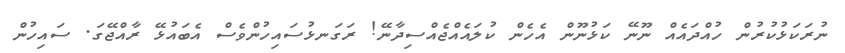
ނުރަކަޅުކުރުން ހުއްދައެއް ނޫނޭ ކަޅުނޫން އެހެން ކުލައެއްޖެއްސިދާނޭ! ރަގަނޅުސައިހުންވެސް އެބައުޅޭ ރާއްޖޭގަ. ސައިހުން